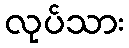
လုပ်သား